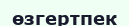
өзгертпек